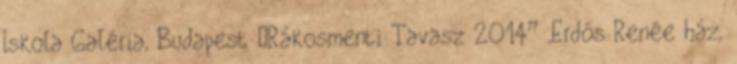
Iskola Galéria, Budapest „Rákosmenti Tavasz 2014” ,Erdős Renée ház,